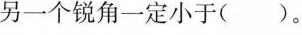
另一个锐角一定小于( )。